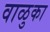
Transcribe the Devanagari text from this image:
वाळुका